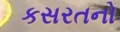
કસરતનો